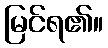
မြင်ရ၏။